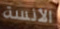
الأنسة